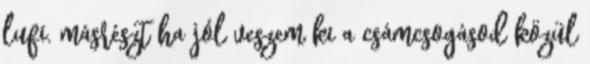
lufi. másrészt ha jól veszem ki a csámcsogásod közül